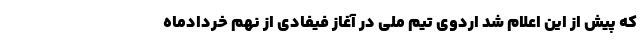
که پیش از این اعلام شد اردوی تیم ملی در آغاز فیفادی از نهم خردادماه